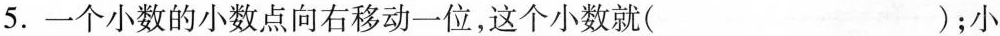
5.一个小数的小数点向右移动一位，这个小数就( )；小